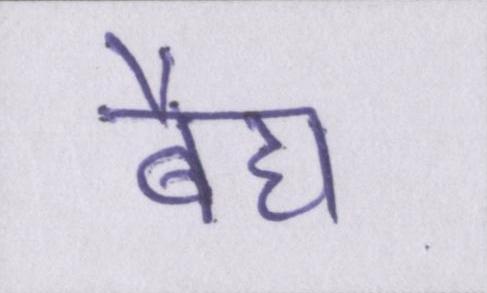
बैद्य